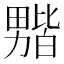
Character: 𫦻